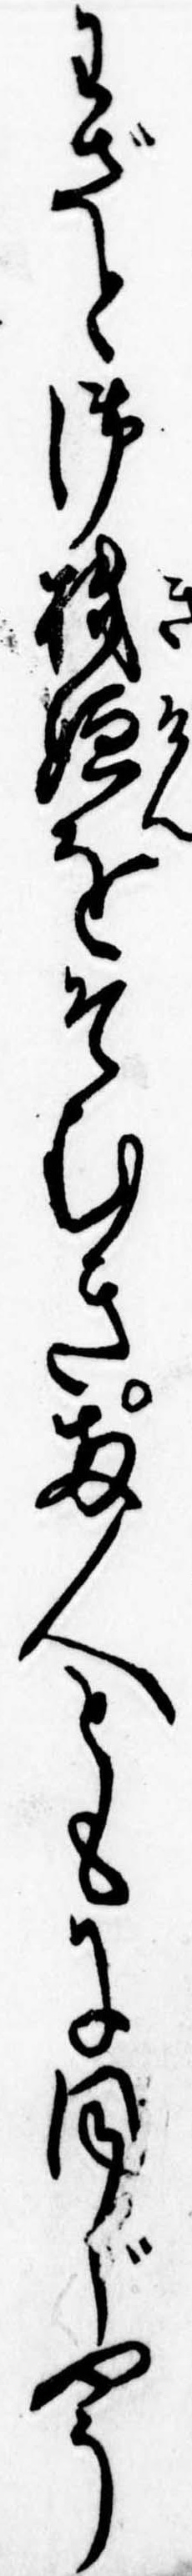
わざと御機嫌をそむき両人ともに同じやう